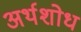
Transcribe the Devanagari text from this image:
अर्थशोध